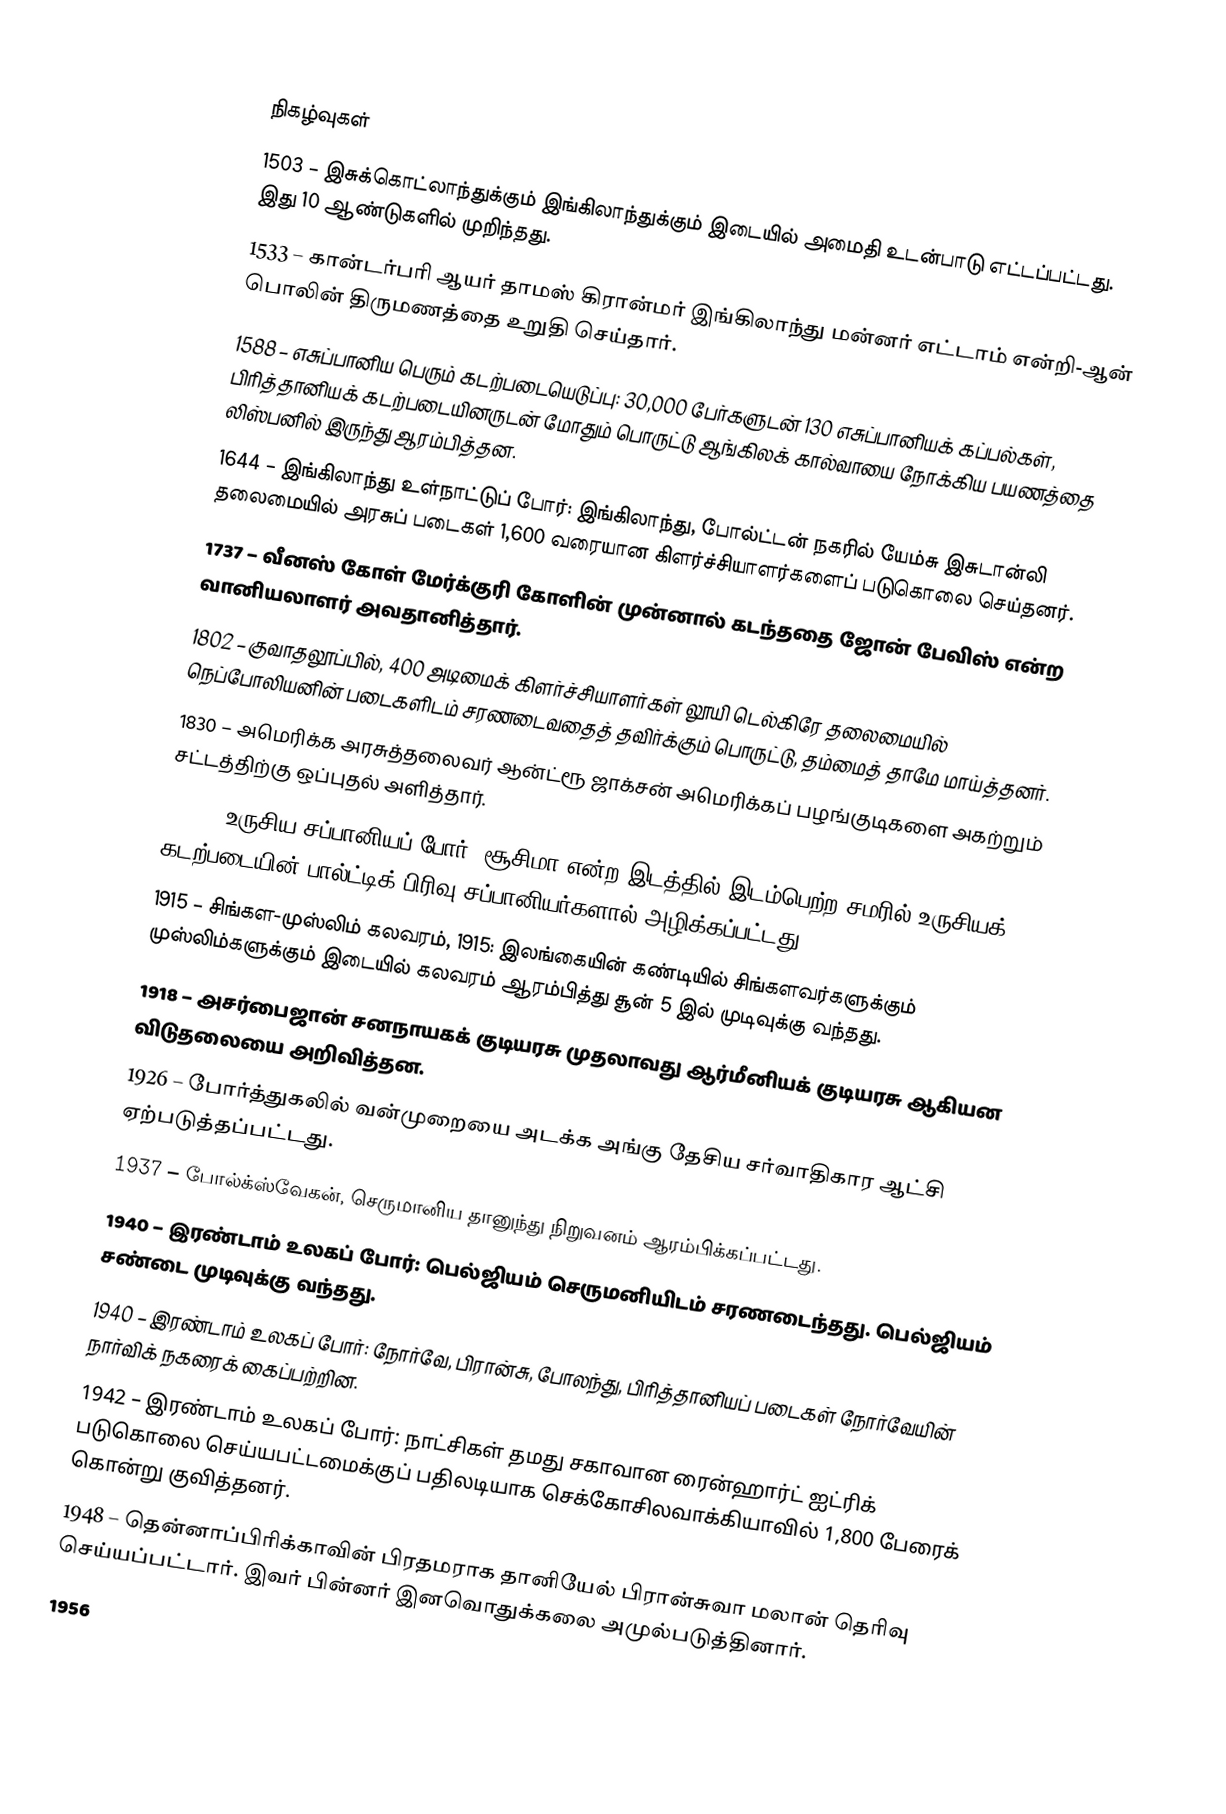

நிகழ்வுகள்
1503 – இசுக்கொட்லாந்துக்கும் இங்கிலாந்துக்கும் இடையில் அமைதி உடன்பாடு எட்டப்பட்டது. இது 10 ஆண்டுகளில் முறிந்தது.
1533 – கான்டர்பரி ஆயர் தாமஸ் கிரான்மர் இங்கிலாந்து மன்னர் எட்டாம் என்றி-ஆன் பொலின் திருமணத்தை உறுதி செய்தார்.
1588 – எசுப்பானிய பெரும் கடற்படையெடுப்பு: 30,000 பேர்களுடன் 130 எசுப்பானியக் கப்பல்கள், பிரித்தானியக் கடற்படையினருடன் மோதும் பொருட்டு ஆங்கிலக் கால்வாயை நோக்கிய பயணத்தை லிஸ்பனில் இருந்து ஆரம்பித்தன.
1644 – இங்கிலாந்து உள்நாட்டுப் போர்: இங்கிலாந்து, போல்ட்டன் நகரில் யேம்சு இசுடான்லி தலைமையில் அரசுப் படைகள் 1,600 வரையான கிளர்ச்சியாளர்களைப் படுகொலை செய்தனர்.
1737 – வீனஸ் கோள் மேர்க்குரி கோளின் முன்னால் கடந்ததை ஜோன் பேவிஸ் என்ற வானியலாளர் அவதானித்தார்.
1802 – குவாதலூப்பில், 400 அடிமைக் கிளர்ச்சியாளர்கள் லூயி டெல்கிரே தலைமையில் நெப்போலியனின் படைகளிடம் சரணடைவதைத் தவிர்க்கும் பொருட்டு, தம்மைத் தாமே மாய்த்தனர்.
1830 – அமெரிக்க அரசுத்தலைவர் ஆன்ட்ரூ ஜாக்சன் அமெரிக்கப் பழங்குடிகளை அகற்றும் சட்டத்திற்கு ஒப்புதல் அளித்தார்.
1905 – உருசிய-சப்பானியப் போர்: சூசிமா என்ற இடத்தில் இடம்பெற்ற சமரில் உருசியக் கடற்படையின் பால்ட்டிக் பிரிவு சப்பானியர்களால் அழிக்கப்பட்டது.
1915 – சிங்கள-முஸ்லிம் கலவரம், 1915: இலங்கையின் கண்டியில் சிங்களவர்களுக்கும் முஸ்லிம்களுக்கும் இடையில் கலவரம் ஆரம்பித்து சூன் 5 இல் முடிவுக்கு வந்தது.
1918 – அசர்பைஜான் சனநாயகக் குடியரசு முதலாவது ஆர்மீனியக் குடியரசு ஆகியன விடுதலையை அறிவித்தன.
1926 – போர்த்துகலில் வன்முறையை அடக்க அங்கு தேசிய சர்வாதிகார ஆட்சி ஏற்படுத்தப்பட்டது.
1937 – போல்க்ஸ்வேகன், செருமானிய தானுந்து நிறுவனம் ஆரம்பிக்கப்பட்டது.
1940 – இரண்டாம் உலகப் போர்: பெல்ஜியம் செருமனியிடம் சரணடைந்தது. பெல்ஜியம் சண்டை முடிவுக்கு வந்தது.
1940 – இரண்டாம் உலகப் போர்: நோர்வே, பிரான்சு, போலந்து, பிரித்தானியப் படைகள் நோர்வேயின் நார்விக் நகரைக் கைப்பற்றின.
1942 – இரண்டாம் உலகப் போர்: நாட்சிகள் தமது சகாவான ரைன்ஹார்ட் ஐட்ரிக் படுகொலை செய்யபட்டமைக்குப் பதிலடியாக செக்கோசிலவாக்கியாவில் 1,800 பேரைக் கொன்று குவித்தனர்.
1948 – தென்னாப்பிரிக்காவின் பிரதமராக தானியேல் பிரான்சுவா மலான் தெரிவு செய்யப்பட்டார். இவர் பின்னர் இனவொதுக்கலை அமுல்படுத்தினார்.
1956